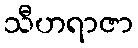
သီဟရာဇာ